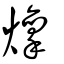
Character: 燣